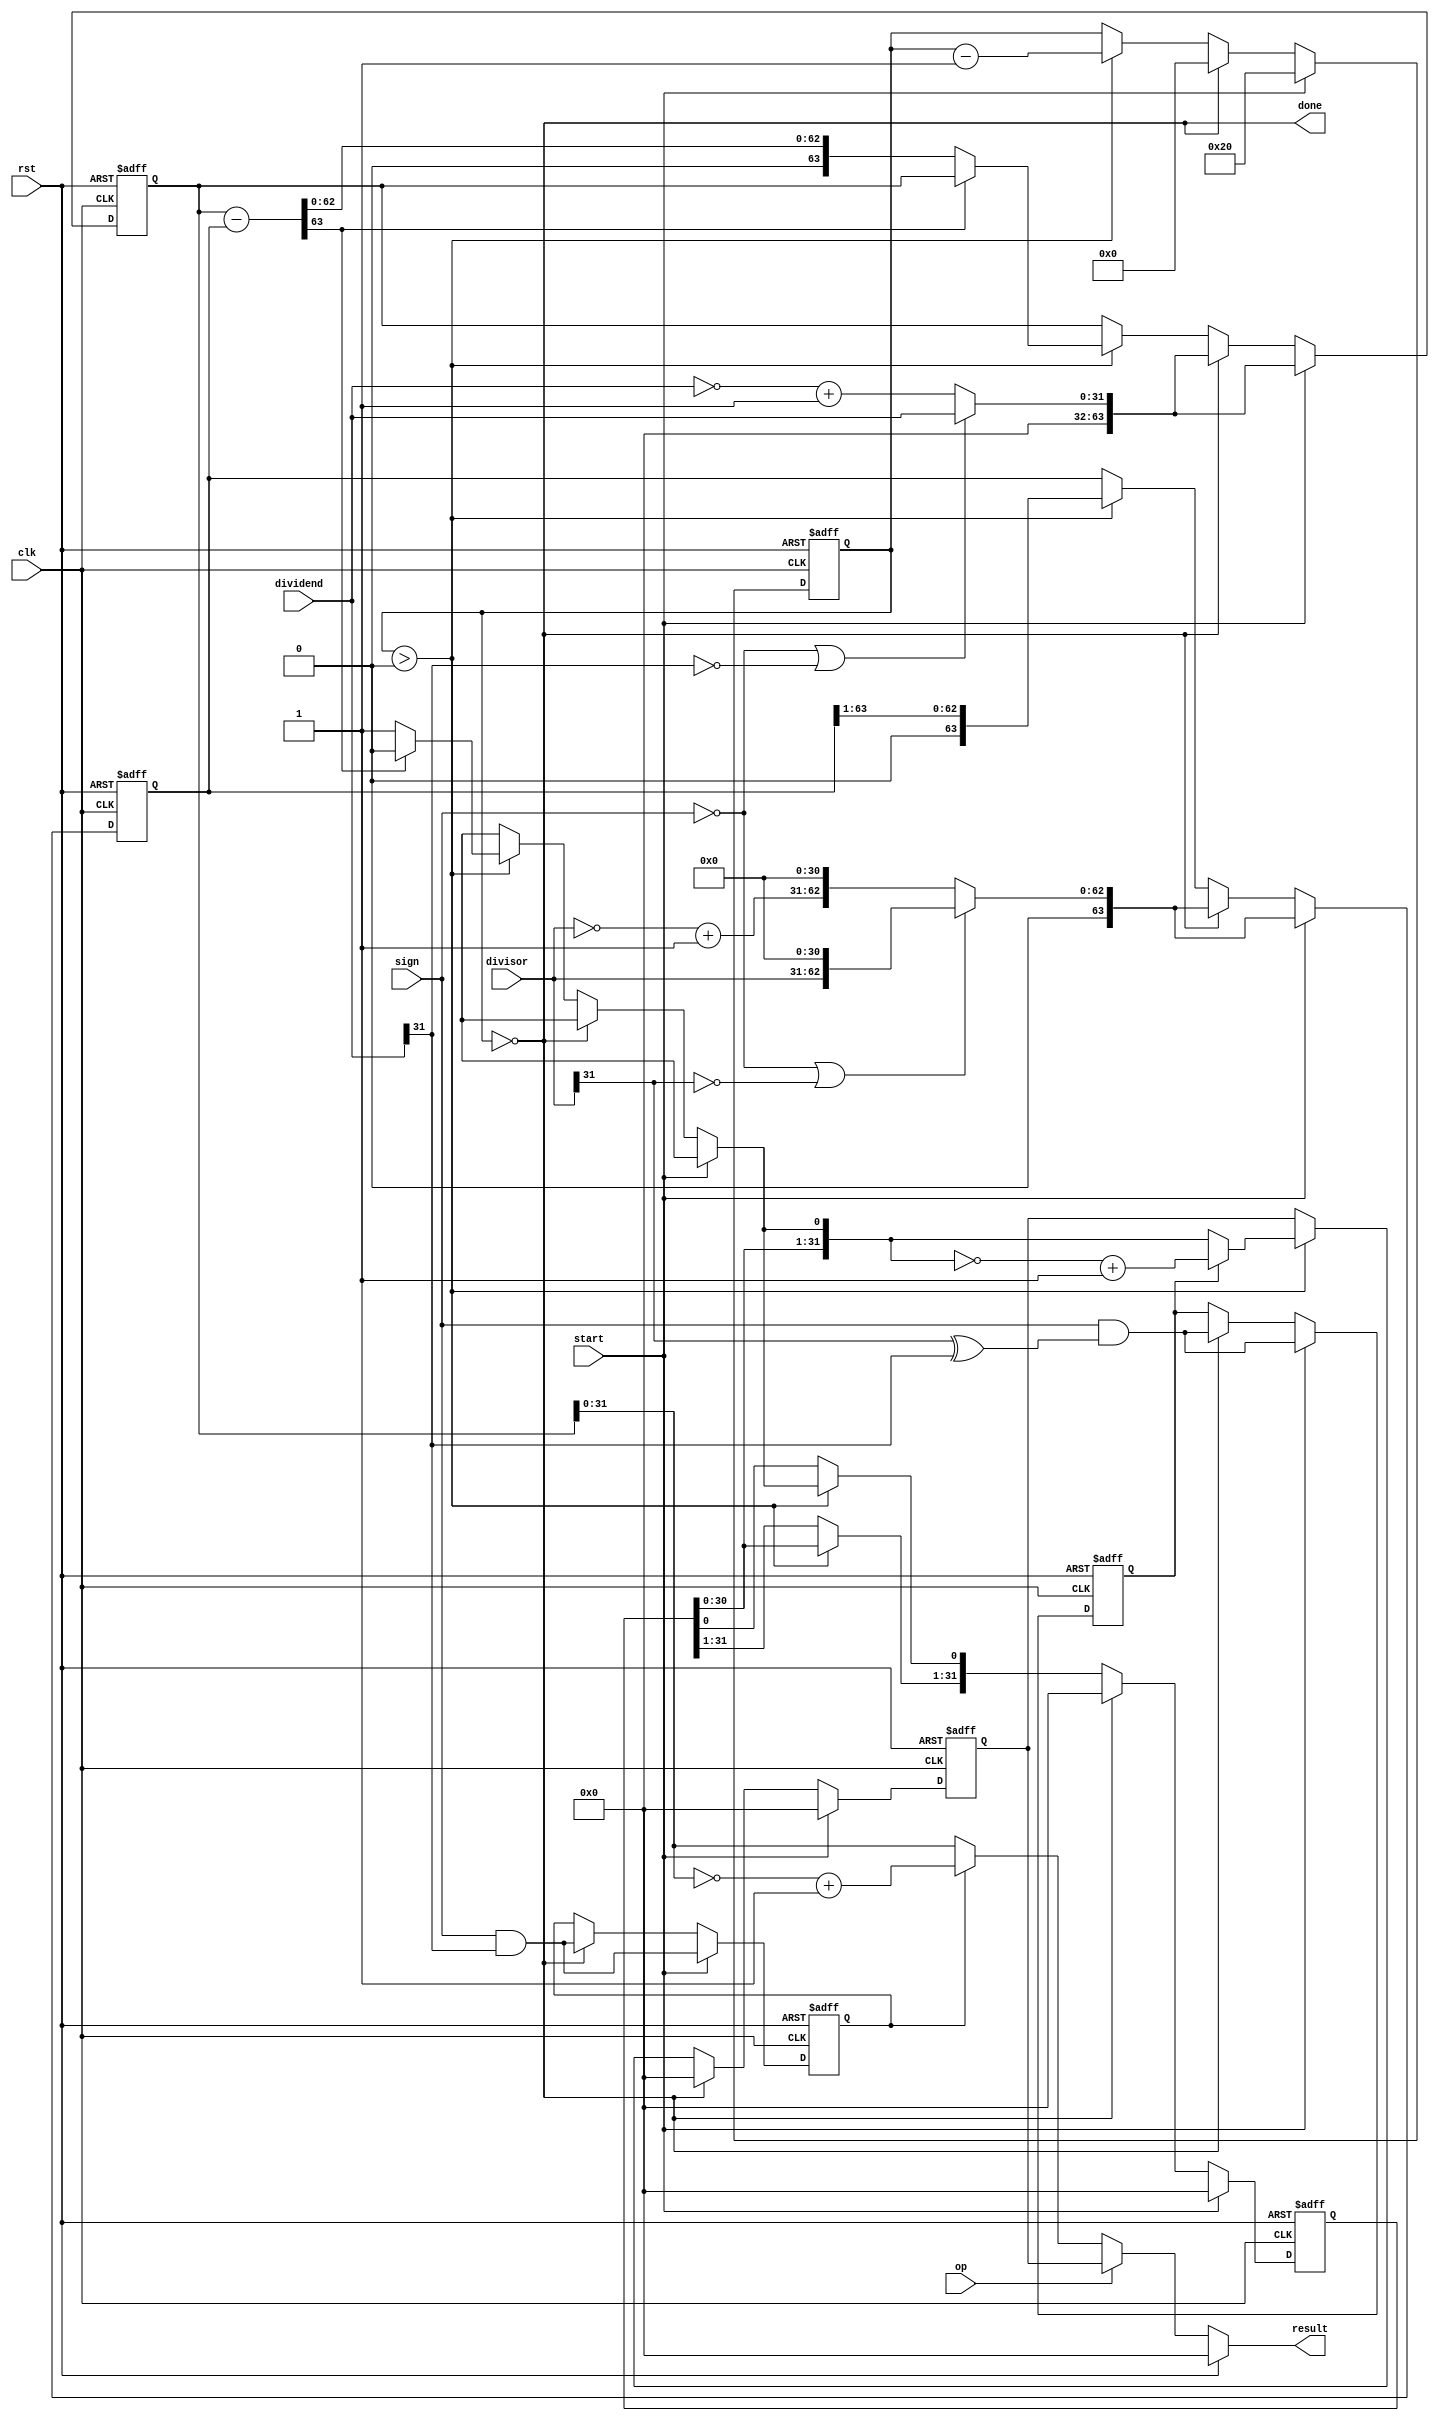
//******************************************************************************
// Copyright (c) 2014 - 2018, Indian Institute of Science, Bangalore.
// All Rights Reserved. See LICENSE for license details.
//------------------------------------------------------------------------------

// Contributors
// Akshay Birari (akshay@alum.iisc.ac.in), Piyush Birla (piyush@alum.iisc.ac.in)
// Suseela Budi (suseela@alum.iisc.ac.in), Pradeep Gupta (gupta@alum.iisc.ac.in)
// Kavya Sharat (kavyasharat@alum.iisc.ac.in), Sumeet Bandishte (sumeet.bandishte30@gmail.com)
// Kuruvilla Varghese (kuru@iisc.ac.in)
`timescale 1ns / 1ps
module divider(dividend,divisor,clk,result,sign,rst,op,start,done);

   input         clk;
   input         sign;
   input [31:0]  dividend, divisor;
   input         rst;
   input         op;
   input         start;
   output reg [31:0] result;
   reg [31:0] quotient, remainder;
   output        done;
    
   reg [31:0]    quotient_temp;
   reg [63:0]    dividend_copy, divisor_copy, diff;
   reg           negative_rem;
   reg           negative_quo;

   reg [5:0]     bit; 
   wire          done = !bit;
   wire [31:0] wir_rem;
    
   
   
   assign  wir_rem =  (!negative_rem) ? 
                         dividend_copy[31:0] : 
                         ~dividend_copy[31:0] + 1'b1;


   always @( posedge clk or posedge rst ) begin 
     if(rst) begin
        quotient <= 32'b0;
        bit <= 6'b0;
        negative_rem <= 1'b0;
        negative_quo <= 1'b0;
        quotient_temp <= 0;
        dividend_copy <= 0;
        divisor_copy    <= 0;
        
     end
     else if(start) begin

        bit <= 6'd32;
        quotient <= 0;
        quotient_temp = 0;
        dividend_copy = (!sign || !dividend[31]) ? 
                        {32'd0,dividend} : 
                        {32'd0,~dividend + 1'b1};
        divisor_copy = (!sign || !divisor[31]) ? 
                       {1'b0,divisor,31'd0} : 
                       {1'b0,~divisor + 1'b1,31'd0};

        negative_rem <= sign & (dividend[31]);

        negative_quo <= sign & (divisor[31] ^ dividend[31]); 
                        
    
     end 
     else if( done ) begin

        bit <= 6'd0;
        quotient <= 0;
        quotient_temp = 0;
        dividend_copy = (!sign || !dividend[31]) ? 
                        {32'd0,dividend} : 
                        {32'd0,~dividend + 1'b1};
        divisor_copy = (!sign || !divisor[31]) ? 
                       {1'b0,divisor,31'd0} : 
                       {1'b0,~divisor + 1'b1,31'd0};

        negative_rem <= sign & (dividend[31]);

        negative_quo <= sign & (divisor[31] ^ dividend[31]); 
                        
    
     end 
     else if ( bit > 0 ) begin

        diff = dividend_copy - divisor_copy;

        quotient_temp = quotient_temp << 1;

        if( !diff[63] ) begin

           dividend_copy = diff;
           quotient_temp[0] = 1'd1;

        end

        quotient <= (!negative_quo) ? 
                   quotient_temp : 
                   ~quotient_temp + 1'b1;

        divisor_copy = divisor_copy >> 1;
        bit <= bit - 1'b1;

     end
end


always @(*) begin
    if(rst) begin
        remainder <= 32'b0;
    end 
// Commented on 06-09-2016    
    else begin
        remainder <= wir_rem;
    end
//Replaced with following code
//    else begin
//    remainder <= wir_rem;
//    end
    //
end

always @(*) begin
    if(rst) begin
        result <= 32'b0;
    end 
    else begin
        result <= op ? quotient : remainder;
    end
end
endmodule